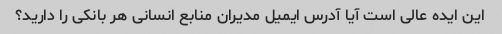
این ایده عالی است آیا آدرس ایمیل مدیران منابع انسانی هر بانکی را دارید؟